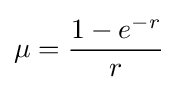
\mu ={\frac {1-e^{-r}}{r}}